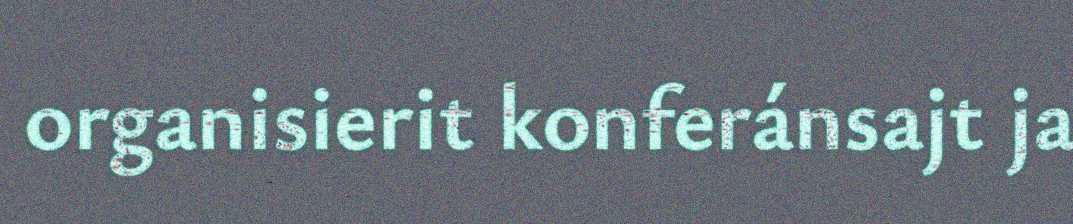
organisierit konferánsajt ja